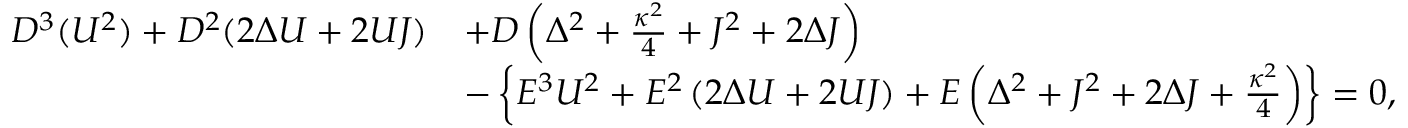
\begin{array} { r l } { D ^ { 3 } ( U ^ { 2 } ) + D ^ { 2 } ( 2 \Delta U + 2 U J ) } & { + D \left( \Delta ^ { 2 } + \frac { \kappa ^ { 2 } } { 4 } + J ^ { 2 } + 2 \Delta J \right) } \\ & { - \left\{ E ^ { 3 } U ^ { 2 } + E ^ { 2 } \left( 2 \Delta U + 2 U J \right) + E \left( \Delta ^ { 2 } + J ^ { 2 } + 2 \Delta J + \frac { \kappa ^ { 2 } } { 4 } \right) \right\} = 0 , } \end{array}